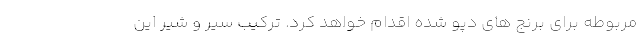
مربوطه برای برنج های دپو شده اقدام خواهد کرد. ترکیب سیر و شیر این